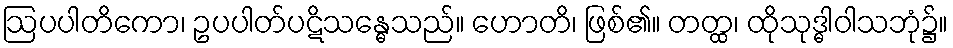
ဩပပါတိကော၊ ဥပပါတ်ပဋိသန္ဓေသည်။ ဟောတိ၊ ဖြစ်၏။ တတ္ထ၊ ထိုသုဒ္ဓါဝါသဘုံ၌။